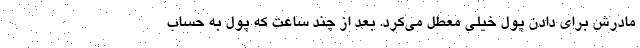
مادرش برای دادن پول خیلی معطل می‌کرد. بعد از چند ساعت که پول به حساب